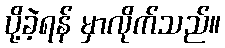
ပို့ခဲ့ရန် မှာလိုက်သည်။